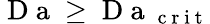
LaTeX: \mathrm{~D~a~}\geq\mathrm{~D~a~}_{\mathrm{~c~r~i~t~}}